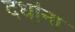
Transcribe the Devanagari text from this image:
दधा॑ना